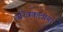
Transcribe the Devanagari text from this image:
चरित्रकल्पना